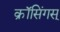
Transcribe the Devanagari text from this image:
क्रॉसिंगस्